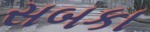
સબકા